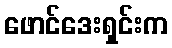
ဖောင်ဒေးရှင်းက